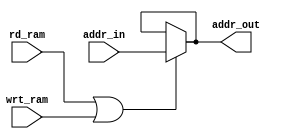
module addrbuf(addr_in, addr_out, rd_ram, wrt_ram);
  input rd_ram, wrt_ram;
  input [23:0]addr_in;
  output [23:0]addr_out;
  
  assign addr_out=(rd_ram==1 || wrt_ram==1)?addr_in:addr_out;
      
endmodule